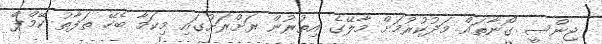
ޖިންސީ ގޯނާތައް މަދުކުރުމަށް މާލޭގެ އިތުރުން ރަށްރަށުގައި މިކަމާ ބެހޭ ތަފާތު ކޭމްޕް